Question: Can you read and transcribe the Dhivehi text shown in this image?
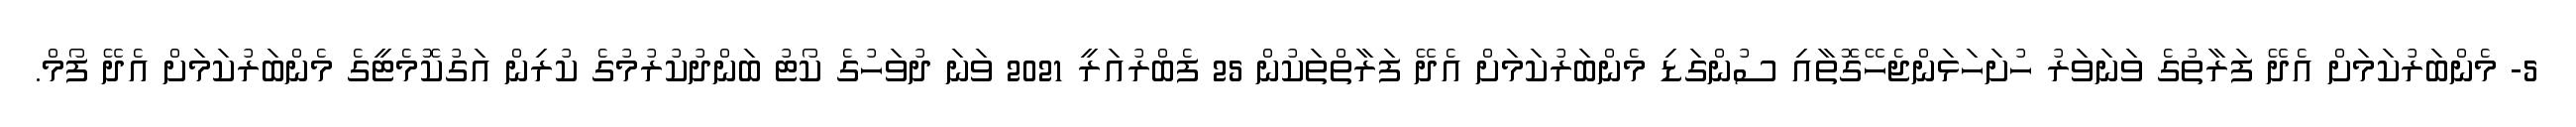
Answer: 5- މެންބަރުކަމަށް އެދޭ ފަރާތުގެ ވަނަވަރު ހުށަހަޅަންޖެހޭގޮތާއި ސުންގަޑި މެންބަރުކަމަށް އެދޭ ފަރާތްތަކުން 25 ފެބްރުއަރީ 2021 ވަނަ ދުވަހުގެ ކޯޓު ބަންދުކުރުމުގެ ކުރިން އަގުކޮމެޓީގެ މެންބަރުކަމަށް އެދޭ ފޯމް.